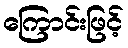
ကြောင်းဖြင့်